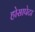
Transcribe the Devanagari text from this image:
होसापेटा